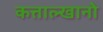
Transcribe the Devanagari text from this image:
कत्ताल्खानो